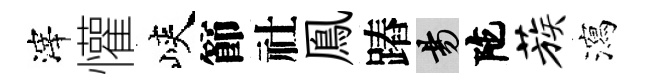
滓懽峽節社鳯蹖昜陀蔟瀉